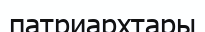
патриархтары